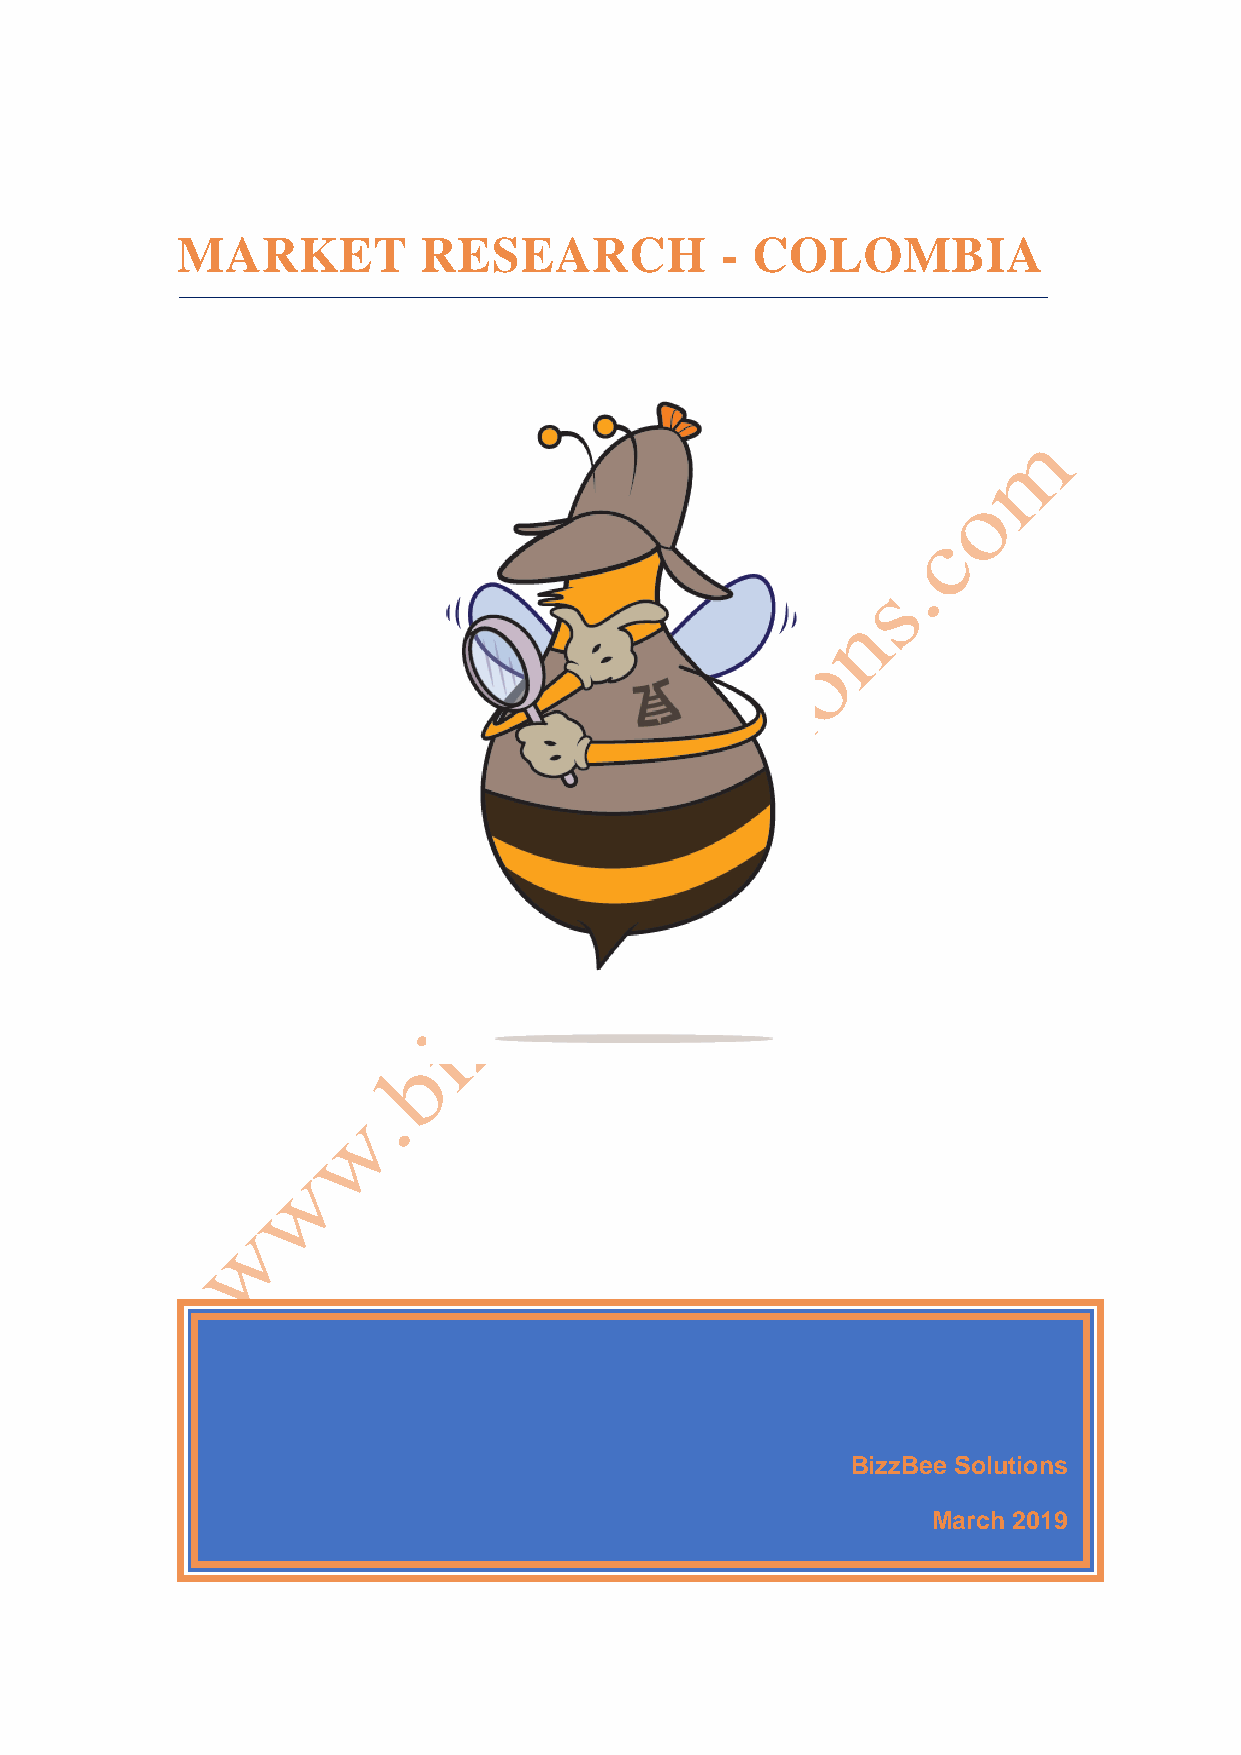
MARKET          RESEARCH            - COLOMBIA
 BizzBee Solutions
 March 2019